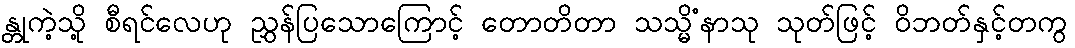
န္တုကဲ့သို့ စီရင်လေဟု ညွှန်ပြသောကြောင့် တောတိတာ သသ္မိံနာသု သုတ်ဖြင့် ဝိဘတ်နှင့်တကွ